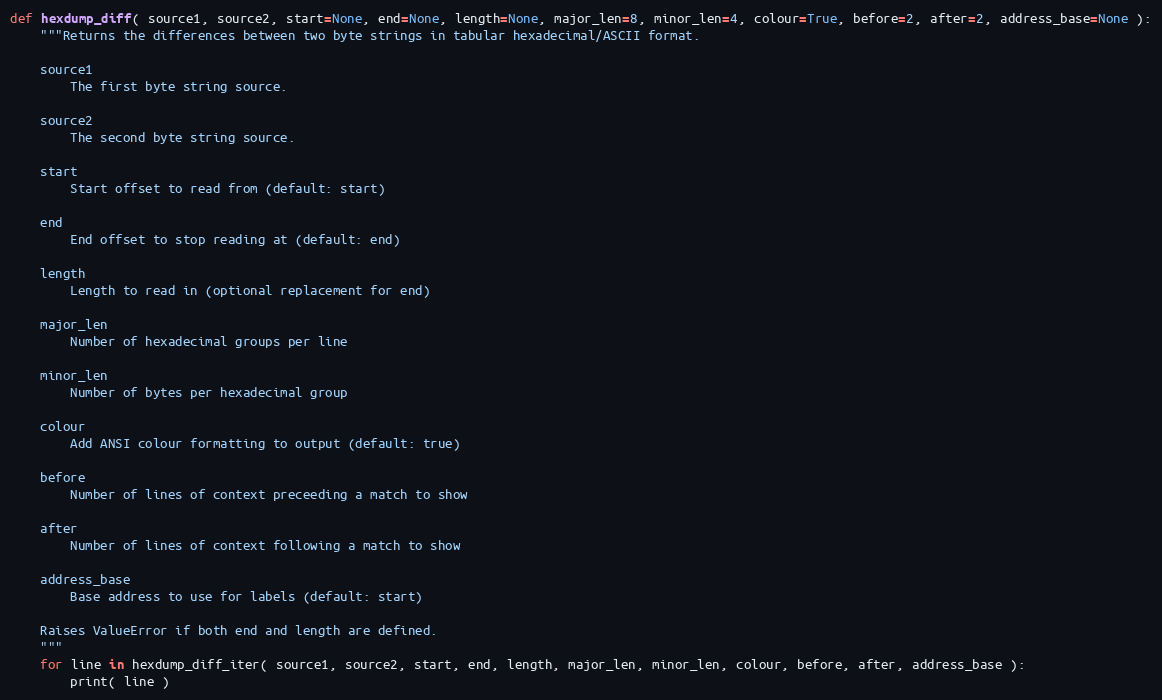
Language: Python
def hexdump_diff( source1, source2, start=None, end=None, length=None, major_len=8, minor_len=4, colour=True, before=2, after=2, address_base=None ):
    """Returns the differences between two byte strings in tabular hexadecimal/ASCII format.

    source1
        The first byte string source.

    source2
        The second byte string source.

    start
        Start offset to read from (default: start)

    end
        End offset to stop reading at (default: end)

    length
        Length to read in (optional replacement for end)

    major_len
        Number of hexadecimal groups per line

    minor_len
        Number of bytes per hexadecimal group

    colour
        Add ANSI colour formatting to output (default: true)

    before
        Number of lines of context preceeding a match to show

    after
        Number of lines of context following a match to show

    address_base
        Base address to use for labels (default: start)

    Raises ValueError if both end and length are defined.
    """
    for line in hexdump_diff_iter( source1, source2, start, end, length, major_len, minor_len, colour, before, after, address_base ):
        print( line )